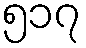
၅၁၇